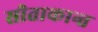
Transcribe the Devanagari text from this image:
सीताकान्त